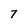
Character: 7